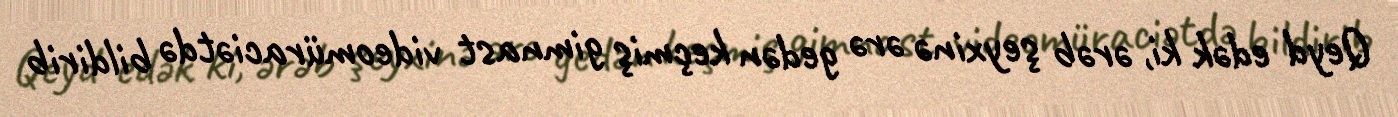
Qeyd edək ki, ərəb şeyxinə ərə gedən keçmiş gimnast videomüraciətdə bildirib